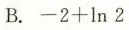
B. $$- 2 + \ln 2$$